Report on horse surra - Volume II, Part II
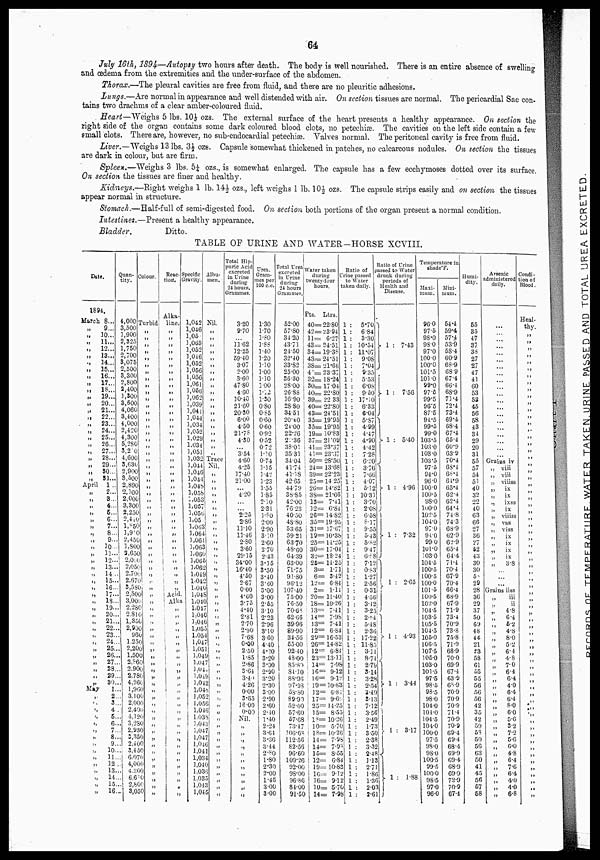
64
July 16th, 1894-—Autopsy two hours after death. The body is well nourished. There is an entire absence of swelling
and œdema from the extremities and the under-surface of the abdomen.
Thorax.—The pleural cavities are free from fluid, and there are no pleuritic adhesions.
Lungs.—Are normal in appearance and well distended with air. On section tissues are normal. The pericardial Sac con-
tains two drachrns of a clear amber-coloured fluid.
Heart—"Weighs 5 lbs. 10½ozs. The external surface of the heart presents a healthy appearance. On section the
right side of the organ contains some dark coloured blood clots, no petechiæ. The cavities on the left side contain a few
small clots. There are, however, no sub-endocardial petechiæ. Valves normal. The peritoneal cavity is free from fluid.
Liver.—Weighs 13 lbs. 3½ ozs. Capsule somewhat thickened in patches, no calcareous nodules. On section the tissues
are dark in colour, but are firm.
Spleen.—Weighs 3 lbs. 5½ ozs., is somewhat enlarged. The capsule has a few ecchymoses dotted over its surface.
On section the tissues are finer and healthy.
Kidneys.—Right weighs 1 lb. 14½ ozs., left weighs 1 lb. 10½ ozs. The capsule strips easily and on section the tissues
appear normal in structure.
Stomach.—Half-full of semi-digested food. On section both portions of the organ present a normal condition.
Intestines.—Present a healthy appearance.
Bladder.
Ditto.
TABLE OP URINE AND WATER-HORSE XCVIII.
Date.
1894.
March 8...
9...
„
10...
.,
11...
„
12...
„
13...
..
14...
„
15...
„
16...
„
17...
„
18...
„
19...
„
20...
„
21...
„
22...
„
23...
„
24...
„
25...
„
26...
„
27...
„ 28
„
29...
„
50...
„
81...
April 1 ..
„
2...
„
3..
„ 4...
„ 5...
„
6...
„
7...
„
8...
„
9...
„
10 ...
„
11...
„
12...
„
13...
„
14..
„
15...
„
16
„
17
„
15..
„
19-
„
20..
„
21..
„
22..
„
23..
„
24..
„
25.
,.
26.
,.
27.
„
23.
„
29.
„
30.
May
1.
„ 2
„ 3
„ 4
„ 5.
„ 6.
„
7
„ 8.
„ 9.
„
10.
„
11.
„
12
„
13.
„
14
„
15
„
16
Quan-
tity.
4,000
3,500
1,900
2,325
1,750
2,700
3,075
2,500
3,300
2,800
2,400
1,300
3,600
4,060
3,400
4,000
2,420
4,300
5,280
3,20
4,600 5,630
2,900
3,500
2.890
2,100
2,000
3,300
2,250
2,440
1,850
1,900
2,450
1,800
2,650
2,010
2,050
2,700
2,670
3,580
2,500
3,000
2.280
2,810
1,350
2,900
960
1.250
2,200
1,500
2,860
.2.900
2,780
4.260
1,960
3.100
2,000
2.400
4,120
3,280
2,930
3,350
2,400
3.450
6.070
4,000
4,300
6.60 :
2,800
3,050
Colour.
Turbidi
„
„
„
„
„
„
„
„
„
„
„
„
„
„
„
„
„
„
„
„
„
„
„
„
„
„
„
„
„
„
„
„
„
„
„
„
„
„
„
„
„
„
„
„
„
„
„
„
„
„
„
„
„
„
„
„
„
„
„
„
„
„
„
„
„
Reac-
tion.
Alka-
line.
„
„
„
„
„
„
„
„
„
„
„
„
„
„
„
„
„
„
„
„
„
„
,
.,
"
„
„
„
„
„
„
„
„
Acid.
Alka.
„
„
„
„
„
„
„
„
„
„
„
„
„
„
„
„
„
„
„
„
„
„
„
„
„
„
„
"
Speciflc
Gravity.
1,042
1,046
1.05
1,063
1,052
1.046
1,052
1,056
1,056
1,061
1,056
1,062
1,039
1,041
1,044
1,034
1,052
1.029
1.034
1,051
1,032
l,044
1,046
3.044
1,048
1.058
1,053
1.057
1.050
1,05
l,063!
1.064
1.061
l,063
1.060|
1,065
1,062
1.049
1,042
1:040
1,045
1,040
1,047
1:040
1,046
l,055
1,054
1,047
1,051
1,049
1,047
1,04,
1,0±9
1,042
1,048
1,052
1,056
1,046
1,038
1,043
1,047
1,047
1,046
1,041
1,034
1,040
1.036
1.035
1.043
1,045
Albu-
men.
Nil.
„
„
„
„
„
„
„
„
„
„
„
„
„
„
„
„
„
„
„
Trace
Nil.
„
„
„
„
„
„
„
„
„
„
„
„
„
„
„
„
„
„
„
„
„
„
„
„
„
„
„
,.
„
„
„
„
„
„
„
„
,.
„ „
„
„
„
„
„
„
„
„
„
„
Total Hip-
puric Acid
excreted
in Urine
during
24 hours,
Grammes.
3.20
9.70
11.62
12.25
59.40
3.07
2.00
3.60
47.80
4.60
10.40
21.60
20.30
6.00
4.50
21.78
4.30
....
3.54
4.60
4.25
17.40
21.00
...
4.20
...
....
2.25
2.86
11.10
11.46
2.80
3.60
29.15
34.00
16.40
4.50
2.67
0.00
4.60
3.75
4.40
2 .81
2.70
2.90
7.68
0.00
2.50
1.85
2.86
3.64
3.4i
4.26
0.00
3.65
16. 00
0.03
Nil.
„
„
„
„
„
,„
„
„
„
„
„
Urea.
G ram-
-es per
100 c.c.
1.30
1.70
l.80
1.88
1.40
1.20
1.30
1.00
1.10
100
l.a2
1.30
0.80
0.85
0.60
0.60
0.92
0.52
072
1.10
0.74
1.15
1.42
1.23
1.55
1.85
2.10
2.31
l.80
2.00
2.90
3.:o
2.60
270
2.43
3.15
3.50
3.40
3'60
3.00
3.00
2.65
3.10
2.23
2.96
3.10
3.60
4.40
4'20
3.20
3.00
2.90
3.20
2.30
3.00
2.90
2.60
2.40
1.40
2.24
3.64
3.36
3.44
2.80
1.80
2.30
2.00
1.45
3.00
3.00
Total Urea
excreted :
iu Urine
during
24 hours
Grammes,
52.00
57.80
34.20
43.71
24.50
32.40
33.82
25.00
36.30
28.00
26.88
16.90
28.80
34.51
20.40
24.00
22.26
2..36
38.01
3531
34.04
41.74
41.18
4265
44.79
38.85
42.00
76.23
4050
48.80
5365
59.21
63.70
48.60
64.39
63.00
71.75
91.80
96.12
107.40
75.00
76.50
70.68
62.66
39.96
89.90
34.56
55.00
92.40
48.00
85.80
84.10
88.96
97.93
58.80
89.91
52.00
57.60
57.68
73.47
106.68
112.56
82.56
96.60
109.26
92.00
98.00
96.86
84.00
91.50
Water taken
during
twenty.four
hours.
Pts. Ltrs.
40=22.80
42=23.94
11= 6.27
43= 24.51
34=19.38
43=24.51
38=21.66
4'= 23.37
32=18.24 .
30=17.04
40=22.80
39 = 22 33
40=
22.80
43=24.51
35= 19.95
35=19.95
19=10.83
37= 21.09
41=23.37
41= 28..37
50= 28.50
24=13.68
39=22.23
25= 14 25
26= 14.82
38= 21.66
13=
7.41
12=
6.84
26= 14.82
35= 19.95
31= 17.67
19=10.38
25= 14.25
30=17.04
32= 18.24
25=14.25
3= 1.71
6= 3.42
12= 6.84
2= 1.14
20= 11.40|
18= 10.26
13= 7.41
14= 7.98
33= 7.41
12=
6.84
29=16.53
26=
14.82
12=
6.84
23=13.11
14= 7.98
16= 9.12
16= 9.l2
19=10.83
12= 0.81
17= 96
25= 14.25
15= 8.55
1= 10.20
10= 5.70
18= 10.20
14= 7.98
14= 7.93
15= 8.55
12= 6.84
19= 10.83
10.= 9.12
16= 9.12
10= 5.70
14= 7.98
Ratio of
Urine passed
to Water
taken daily.
1: 5.70
1: 6.84
1:
3.30
1: 10.54 .
1: 11.07
1 :
9.08
1 :
7.04
1 :
9.351
1 :
5.53
1 :
6.08
1 :
9.50
1 : 17.10
1 :
6.33
1 :
6.04
1 :
5.87
1 :
4.99
1 :
4.47
1 : 4.90
1 : 4.42
1 :
728
1 :
6.20
1 :
3.761
1 :
7.66
1 :
4.07
1 :
5.12
1 : 10.31
1 :
3.70
1 : 2.08 ,
1 :6.58
1:8.17
1 : 9.55
l :
5.43
1:
5.82
1 :
9.47
1 :
6.?8
1 :
7.12
1 :
0.83
1 :
1.27
1 : 2.56
1 :
0.31
1 :
4.56
]
3.42
l :
3.25
1:2.84
1 :
5.48
1 :
2.36
1 : 17.22
1 : 11.85
1 :
3.11
1 : 8.74
1 : 2.79
1 : 3.14
1 :
3.28
1 :
2.54
1 : 3.49
1 :
3.13
1 : 7.12
1 : 3.56
1 :
2.49
1 :
1.73
1 : 3.50
1 : 2.38
1 : 3.32
1 : 2.48
1 :
1.13
1 : 2.71
1 :
1.86
1 :
1.36
1 : 2.03
1 :
2.61
Ratio of Urine
passed to Water
drunk during
periods of
Health and
Disease.
}1 : 7.43
}1 : 7.56
} 1 : 5.40
} 1 : 4.96
} 1 : 7.32
}1 : 2.65
} 1 : 4.93
}. 1 : 3.44
} 1 : 3.17
} 1 : 1.88
Temperature in
shade°F.
Maxi-
mum.
96.0
97.5
98'0
98.0
97.0
100.0
100.0
101.5
101.0
99.0
97.5
99.5
96.5
87.5
91.5
99.5
99.0
103.5
103.0
103.0
103.5
97.5
94.0
96.0
100.0
100.5
98.0
100.0
102.5
104.0
97.0
94.0
99.0
101.0
103.0
104.5
100.5
100.5
100.0
101.5
100.5
102.0
104.5
103.5
105.5
104.5
105.0
106.5
107.5
105.0
103.0
101.5
97.5
98.5
93.5
98.0
104.0
101.0
104.5
104.0
100.0
97.5
98.0
98.0
100.5
99.5
100.0
98.5
97.0
96.0
Mini.
mum
54.4
59.4
57.4
53.9
58.4
60.9
68.9
68.9
67.4
66.4
68.9
71.4
72.4
73.4
69.4
68.4
67.4
65.4
60.9
63.9
70.'4
63.4
68.4
64.9
65'4
62.4
62.4
64.4
74.8
74.3
68.9
62.9
62.9
65.4
64.4
71.4
70.4
67.9
70.4
66.4
68.9
67.9
71.9
73.4
70.9
73.8
75.8
71.9
68.9
70.0
69.9
67.4
63.9
68.9
70.9
70.9
70.9
71.4
70.9
70.9
69.4
69.4
68.4
69.9
69.4
68.9
69.9
72.9
70.9
67.4
Humi.
dity.
55
35
47
37
33
27
27
47
41
60
53
53
45
56
58
43
34
29
20
31
55
57
54
51
40
32
22
40
63
66
27
36
27
52
43
30
30
5^
29
28
36
29
37
50
69
48
44
21
23
58
61
55
55
56
56
56
42
35
42
59
53
50
56
63
50
41
45
56
57
58
Arsenic
administered
daily.
...
...
...
...
...
...
...
...
...
...
....
Grains iv
„
„
„'
„
„
„
„
„
„
„
„
„
„
„
,.
„
„
„
viii
viii
viiiss
ix
ix
ixss
ix
viiiss
vss
viss
ix
ix
ix
ix
3.8
..
,..
,..
Grains iiss
„
„
„
„
„
„
„
„
„
„
„
„
„
„
,„
,„
„
„
„
„
„
„
„
„
„
„
„
„
„
„
iii
ii
4.8
6.4
5.2
4.8
8.0
5.2
6.4
4.8
7.0
6.4
6.4
4.0
6.4
6.4
8.0
6.0
5.6
3.2
7.2
5.6
6.0
4.8
6.4
7.6
6.4
4.0
4.0
6.8
Condi .
tion of
Blood.
Heal-
thy.
"
"
„
„
„
„
"
"
"
„
"
" „
„
„
„
„
"
"
"
"
"
"
„
„
„
„
„
„
„
„
„
„
„
„
„
„
„
„
„
„
„
„
„
„
„
„
„
„
„
„
„
„
„
„
„
„
„
„
„
„
„
„
„
„
„
„
,„